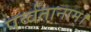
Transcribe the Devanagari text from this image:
पर्व्वतानाम्।